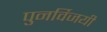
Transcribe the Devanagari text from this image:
पुनर्विजयी